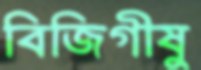
বিজিগীষু